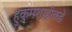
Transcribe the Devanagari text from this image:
हुकुमशाहीकडे